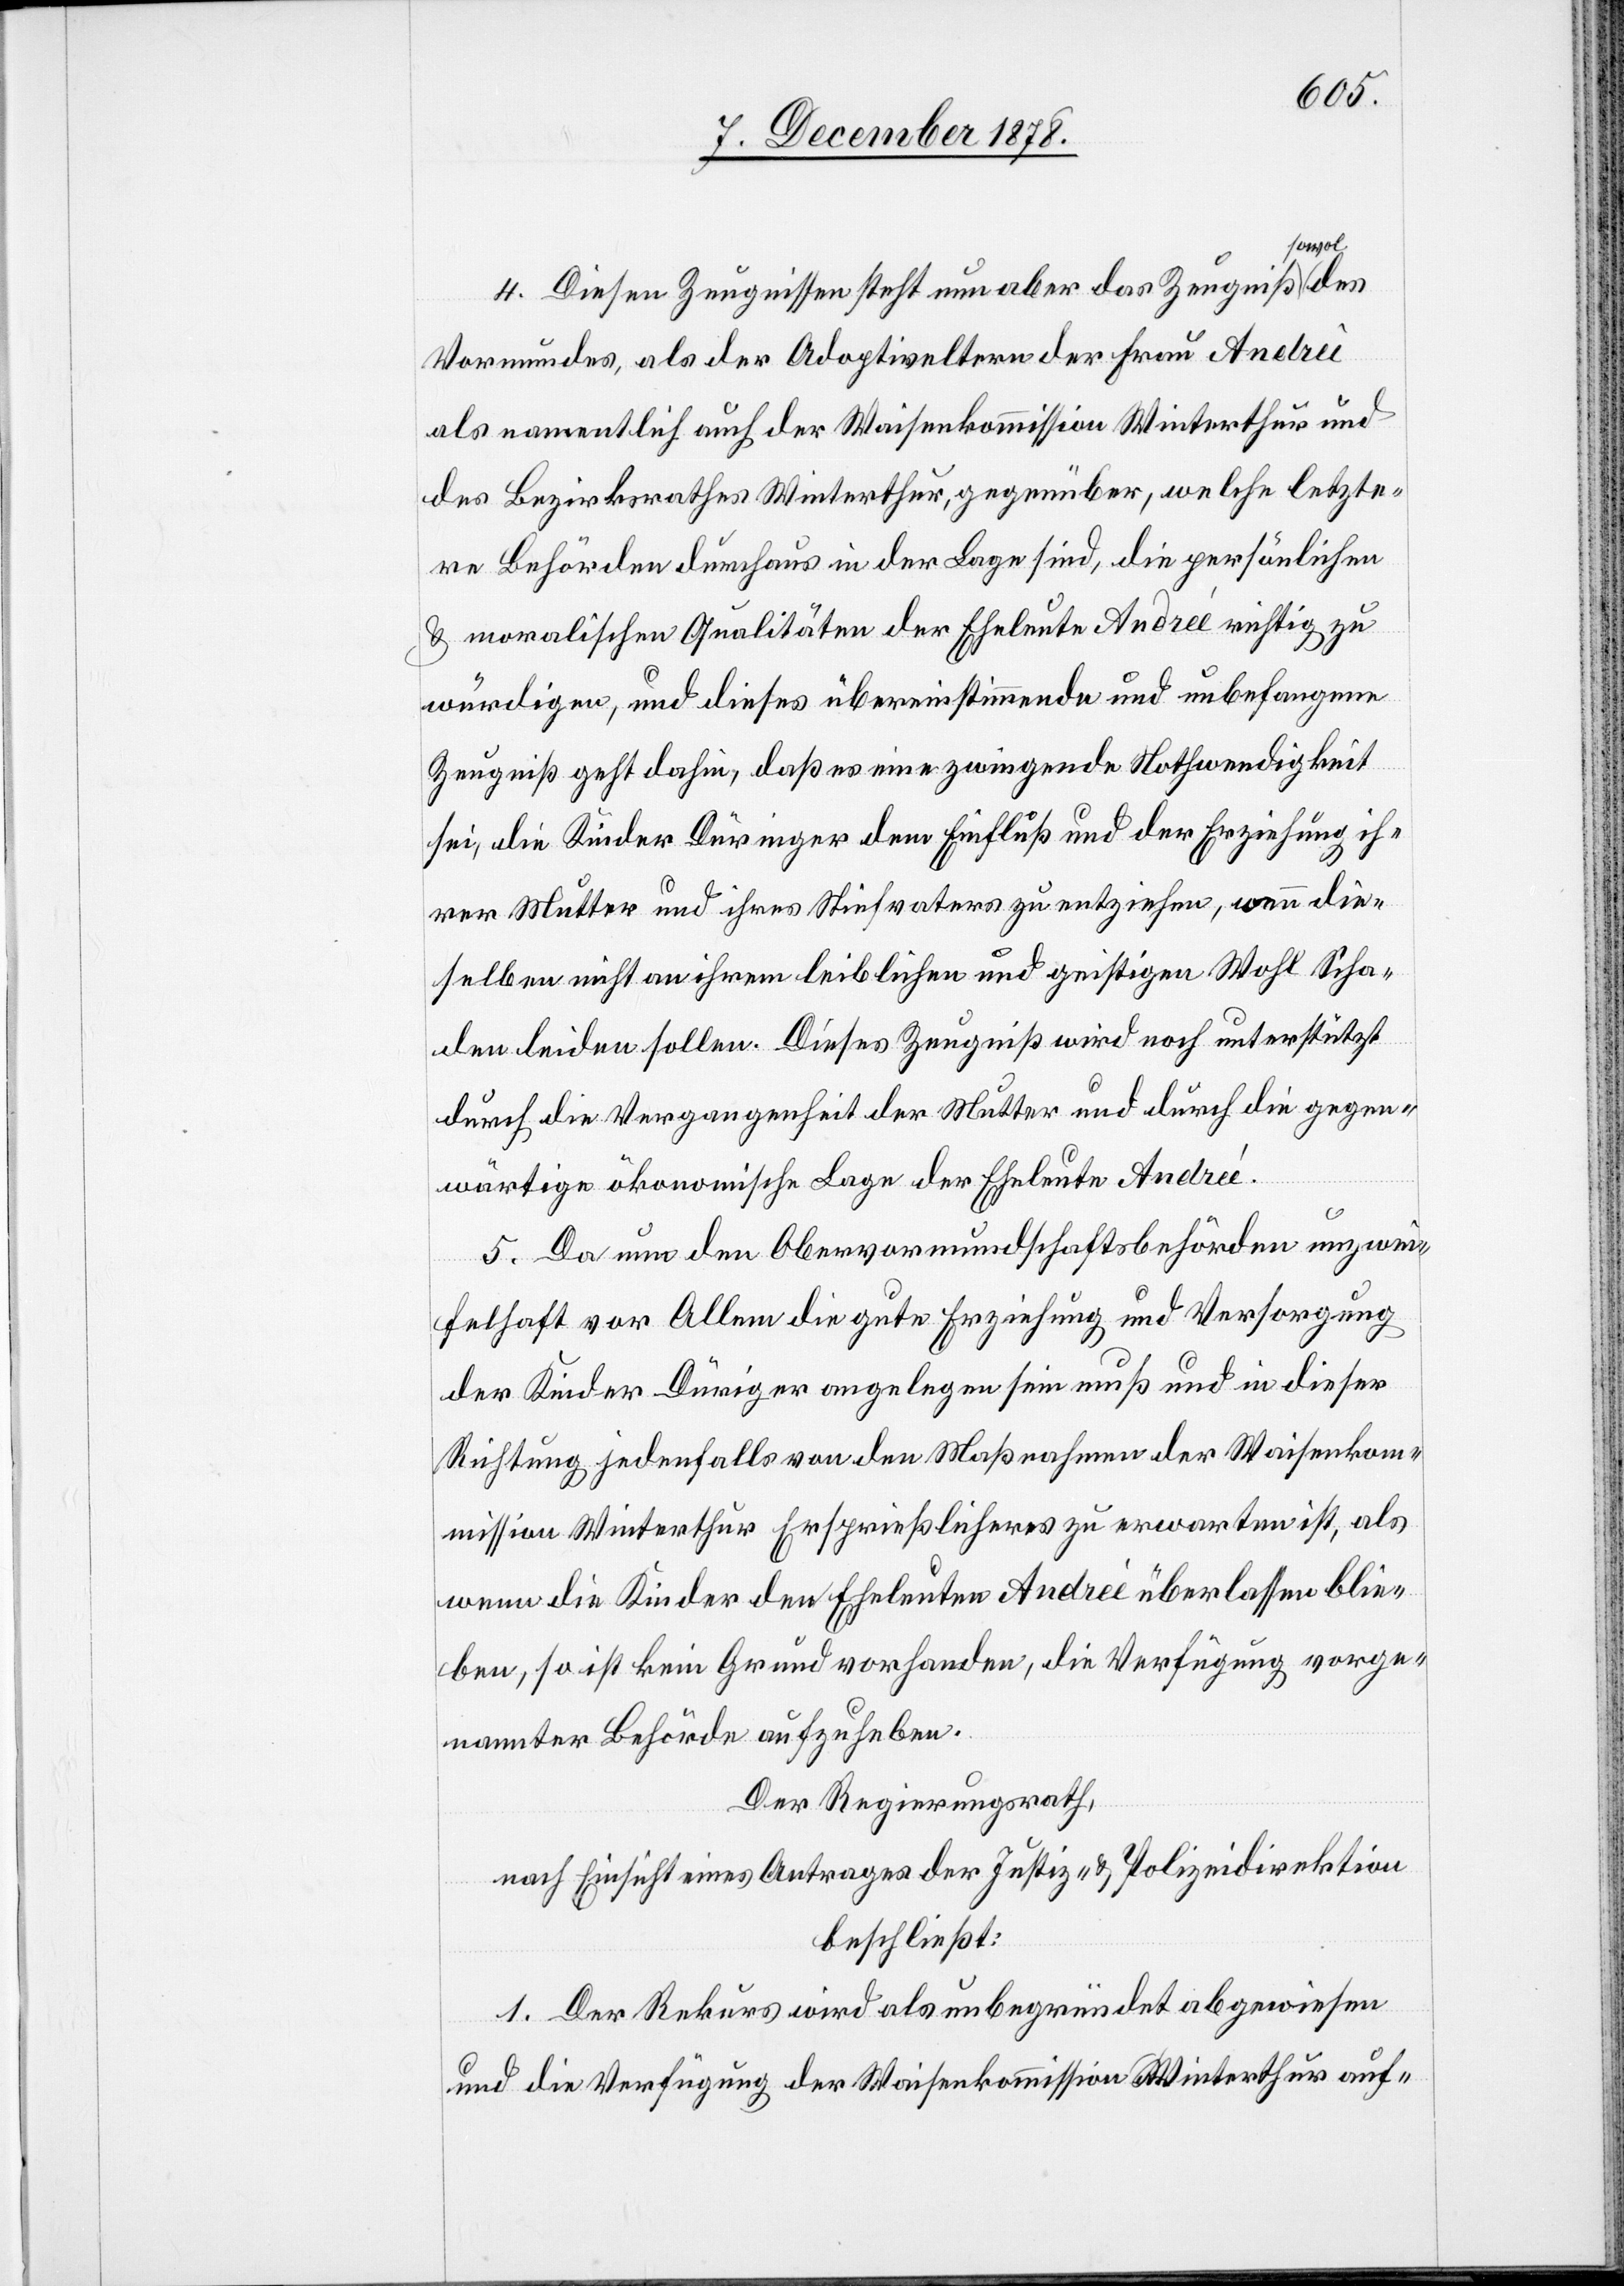
owol
4. Diesen Zeugnissen steht nun aber das Zeugniß s¬
Vormundes, als der Adoptiveltern der Frau Andreè
als namentlich auch der Waisenkommission Winterthur und
des Bezirksrathes Winterthur, gegenüber, welche letzte¬
re Behörden durchaus in der Lage sind, die persönlichen
& moralischen Qualitäten der Eheleute Andreé richtig zu
würdigen, und dieses übereinstimmende und unbefangene
Zeugniß geht dahin, daß es eine zwingende Nothwendigkeit
sei, die Kinder Düringer dem Einfluß und der Erziehung ih¬
rer Mutter und ihres Stiefvaters zu entziehen, wenn die¬
selben nicht an ihrem leiblichen und geistigen Wohl Scha¬
den leiden sollen. Dieses Zeugniß wird noch unterstützt
durch die Vergangenheit der Mutter und durch die gegen¬
wärtige ökonomische Lage der Eheleute Andreé.
5. Da nun den Obervormundschaftsbehörden unzwei¬
felhaft vor Allem die gute Erziehung und Versorgung
der Kinder Düriger [sic!] angelegen sein muß und in dieser
Richtung jedenfalls von den Maßnahmen der Waisenkom¬
mission Winterthur Ersprießlicheres zu erwarten ist, als
wenn die Kinder den Eheleuten Andreè überlassen blie¬
ben, so ist kein Grund vorhanden, die Verfügung vorge¬
nannter Behörde aufzuheben.
Der Regierungsrath,
nach Einsicht eines Antrages der Justiz- & Polizeidirektion,
beschließt:
1. Der Rekurs wird als unbegründet abgewiesen
und die Verfügung der Waisenkommission Winterthur auf-